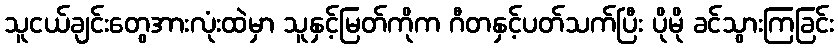
သူငယ်ချင်းတွေအားလုံးထဲမှာ သူနှင့်မြတ်ကိုက ဂီတနှင့်ပတ်သက်ပြီး ပိုမို ခင်သွားကြခြင်း